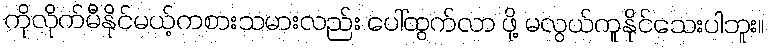
ကိုလိုက်မီနိုင်မယ့်ကစားသမားလည်း ပေါ်ထွက်လာ ဖို့ မလွယ်ကူနိုင်သေးပါဘူး။